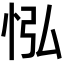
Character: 𢘌